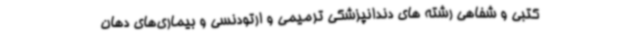
کتبی و شفاهی رشته های دندانپزشکی ترمیمی و ارتودنسی و بیماری‌های دهان